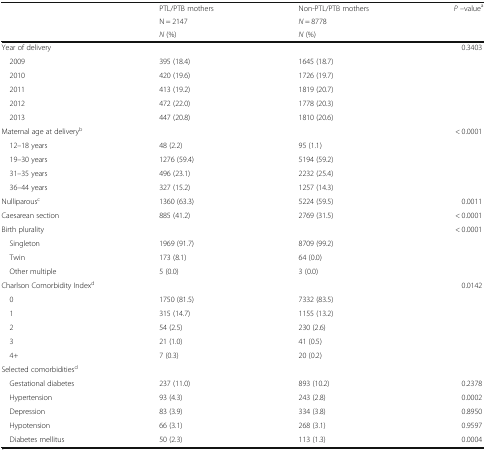
<table><thead><tr><td rowspan="3">[EMPTY_CELL]</td><td><b>PTL/PTB mothers</b></td><td><b>Non-PTL/PTB mothers</b></td><td rowspan="3"><b><i>P</i> –value<sup>a</sup></b></td></tr><tr><td><b>N = 2147</b></td><td><b><i>N</i> = 8778</b></td></tr><tr><td><b><i>N</i> (%)</b></td><td><b><i>N</i> (%)</b></td></tr></thead><tbody><tr><td colspan="3">Year of delivery</td><td>0.3403</td></tr><tr><td> 2009</td><td>395 (18.4)</td><td>1645 (18.7)</td><td>[EMPTY_CELL]</td></tr><tr><td> 2010</td><td>420 (19.6)</td><td>1726 (19.7)</td><td>[EMPTY_CELL]</td></tr><tr><td> 2011</td><td>413 (19.2)</td><td>1819 (20.7)</td><td>[EMPTY_CELL]</td></tr><tr><td> 2012</td><td>472 (22.0)</td><td>1778 (20.3)</td><td>[EMPTY_CELL]</td></tr><tr><td> 2013</td><td>447 (20.8)</td><td>1810 (20.6)</td><td>[EMPTY_CELL]</td></tr><tr><td colspan="3">Maternal age at delivery<sup>b</sup></td><td>&lt; 0.0001</td></tr><tr><td> 12–18 years</td><td>48 (2.2)</td><td>95 (1.1)</td><td>[EMPTY_CELL]</td></tr><tr><td> 19–30 years</td><td>1276 (59.4)</td><td>5194 (59.2)</td><td>[EMPTY_CELL]</td></tr><tr><td> 31–35 years</td><td>496 (23.1)</td><td>2232 (25.4)</td><td>[EMPTY_CELL]</td></tr><tr><td> 36–44 years</td><td>327 (15.2)</td><td>1257 (14.3)</td><td>[EMPTY_CELL]</td></tr><tr><td>Nulliparous<sup>c</sup></td><td>1360 (63.3)</td><td>5224 (59.5)</td><td>0.0011</td></tr><tr><td>Caesarean section</td><td>885 (41.2)</td><td>2769 (31.5)</td><td>&lt; 0.0001</td></tr><tr><td colspan="3">Birth plurality</td><td>&lt; 0.0001</td></tr><tr><td> Singleton</td><td>1969 (91.7)</td><td>8709 (99.2)</td><td>[EMPTY_CELL]</td></tr><tr><td> Twin</td><td>173 (8.1)</td><td>64 (0.0)</td><td>[EMPTY_CELL]</td></tr><tr><td> Other multiple</td><td>5 (0.0)</td><td>3 (0.0)</td><td>[EMPTY_CELL]</td></tr><tr><td colspan="3">Charlson Comorbidity Index<sup>d</sup></td><td>0.0142</td></tr><tr><td> 0</td><td>1750 (81.5)</td><td>7332 (83.5)</td><td>[EMPTY_CELL]</td></tr><tr><td> 1</td><td>315 (14.7)</td><td>1155 (13.2)</td><td>[EMPTY_CELL]</td></tr><tr><td> 2</td><td>54 (2.5)</td><td>230 (2.6)</td><td>[EMPTY_CELL]</td></tr><tr><td> 3</td><td>21 (1.0)</td><td>41 (0.5)</td><td>[EMPTY_CELL]</td></tr><tr><td> 4+</td><td>7 (0.3)</td><td>20 (0.2)</td><td>[EMPTY_CELL]</td></tr><tr><td colspan="4">Selected comorbidities<sup>d</sup></td></tr><tr><td> Gestational diabetes</td><td>237 (11.0)</td><td>893 (10.2)</td><td>0.2378</td></tr><tr><td> Hypertension</td><td>93 (4.3)</td><td>243 (2.8)</td><td>0.0002</td></tr><tr><td> Depression</td><td>83 (3.9)</td><td>334 (3.8)</td><td>0.8950</td></tr><tr><td> Hypotension</td><td>66 (3.1)</td><td>268 (3.1)</td><td>0.9597</td></tr><tr><td> Diabetes mellitus</td><td>50 (2.3)</td><td>113 (1.3)</td><td>0.0004</td></tr></tbody></table>